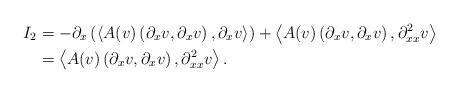
LaTeX: \begin{align*}I_2&=-\partial_x \left(\left\langle A(v)\left(\partial_x v,\partial_x v\right),\partial_x v\right\rangle\right)+\left\langle A(v)\left(\partial_x v,\partial_x v\right),\partial_{xx}^2 v\right\rangle\\&=\left\langle A(v)\left(\partial_x v,\partial_x v\right),\partial_{xx}^2 v\right\rangle.\end{align*}